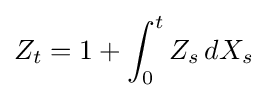
Z_{t}=1+\int _{0}^{t}Z_{s}\,dX_{s}